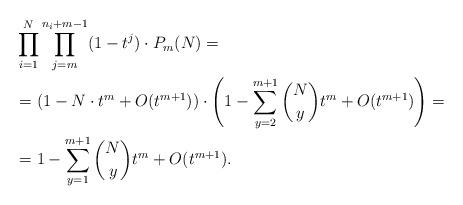
LaTeX: \begin{align*}&\prod_{i=1}^N\prod_{j=m}^{n_i+m-1}(1-t^{j})\cdot P_m(N)=\\&=(1-N\cdot t^m+O(t^{m+1}))\cdot \left(1-\sum_{y=2}^{m+1}\binom{N}{y}t^m+O(t^{m+1})\right)=\\&=1-\sum_{y=1}^{m+1}\binom{N}{y}t^m+O(t^{m+1}).\end{align*}